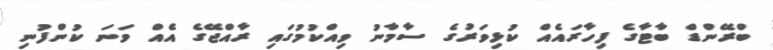
ބްރޭންޑް ބާޓާގެ ފިހާރައެއް ކުޅިވަރުގެ ސާމާނު ވިއްކުމުގައި ރާއްޖޭގެ އެއް ވަނަ ކުންފުނި